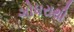
ગોધરાથી